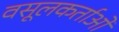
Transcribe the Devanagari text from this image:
वसूलकर्ताओं